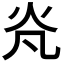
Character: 𭴄